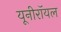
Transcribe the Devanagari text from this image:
यूनीरॉयल